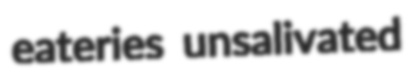
eateries unsalivated